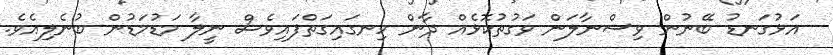
އަޅުގަނޑު ބޭނުން ވިސްނާލަން ވަގުތުކޮޅެއް ދާން ހިނގައިގަތްފައިވެސް ނީލާ މަޑުމަޑުން ބުނެލިއެވެ.